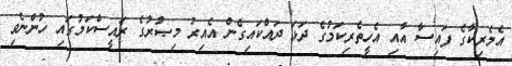
އެމެރިކާގެ ފައިސާ އާއި އެހީތެރިކަމުގެ ދަޅަ ދައްކައިގެން އެއިރު މިޞުރުގެ ރައީސްކަމުގައި ހުންނެވި